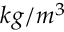
k g / m ^ { 3 }